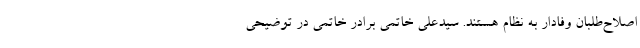
اصلاح‌طلبان وفادار به نظام هستند. سیدعلی خاتمی برادر خاتمی در توضیحی